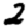
Digit: 2